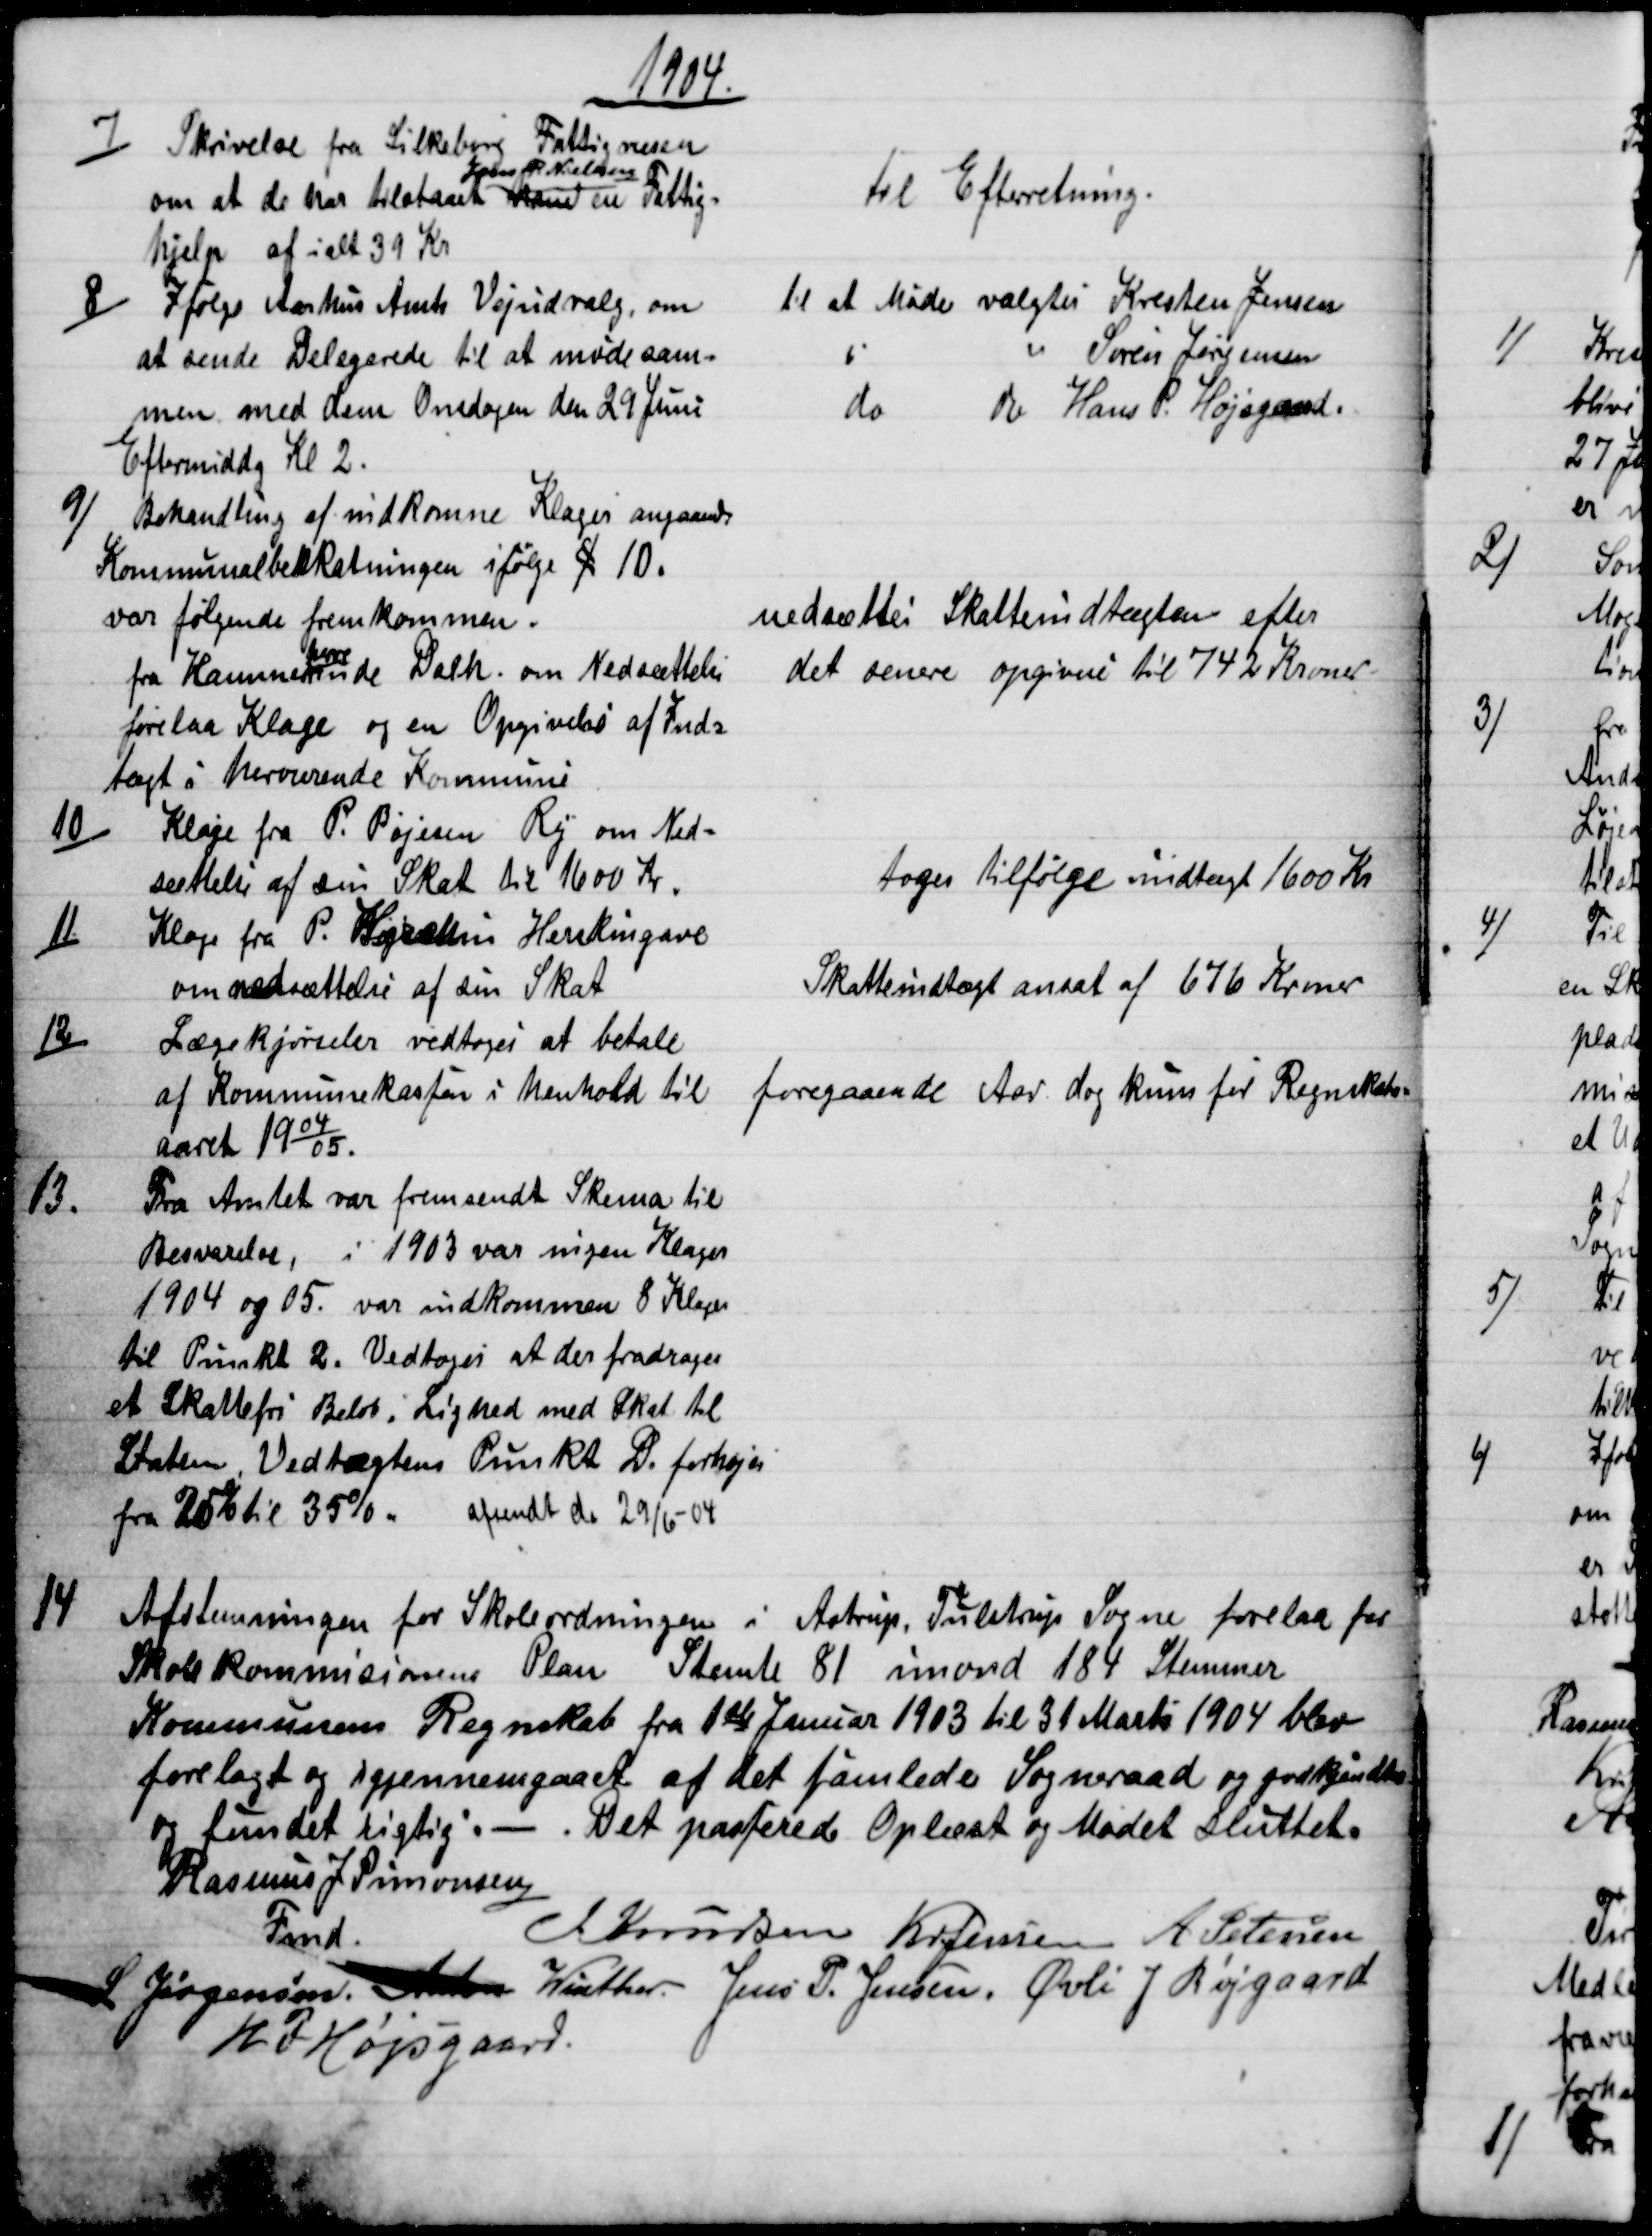
Transskription:
1904.
7)
Skrivelse fra Silkeborg Fattigvæsen
om at de har tilstaaet 
Jens R. Nielsen
ham en Fattig-
hjelp af ialt 39 Kr
Til Efterretning.
8) 
Ifølge Aarhus Amts Vejudvalg, om
at sende Delegerede til at møde sam-
men med dem Onsdagen den 29 Juni
Eftermiddag Kl 2.
til at Møde valgtes Kresten Jensen 
do
do
Søren Jørgensen
do 
do 
Hans P. Højsgaard.
9)
Behandling af indkomne Klager angaaende
Kommunalbeskatningen ifølge § 10.
var følgende fremkommen.
fra Kammer 
herre
inde Dalh. om Nedsættelse
forelaa Klage og en Opgivelse af Ind=
tægt i herværende Kommune
nedsættes Skatteindtægten efter
det senere opgivne til 742 Kroner
10)
Klage fra P. Bojesen Ry om Ned-
sættelse af sin Skat til 1600 Kr.
toges tilfølge indtægt 1600 Kr
11)
Klage fra P. Herskind Herskingave
om nedsættelse af den Skat
Skatteindtægt ansat af 676 Kroner
12)
Lægekjørseler vedtoges at betale
af Kommunekassen i henhold til
foregaaende Aar, dog kuns for Regnskabs-
aaret 1904/05.
13.
Fra Amtet var fremsendt Skema til
Besvarelse, i 1903 var ingen Klager
1904 og 05. var indkommen 8 Klager
til Punkt 2. Vedtoges at der fradrages
et Skattefri Beløb. Lighed med Skat til
Staten, Vedtægtens Punkt D. forhøjes
fra 25% til 35 %. afsendt de 29/6 - 04
14
Afstemningen for Skoleordningen i Astrup, Tulstrup Sogne forelaa for
Skolekommisionens Plan Stemte 81 imond 184 Stemmer
Kommunens Regnskab fra 1ste Januar 1903 til 31 Marts 1904 blev
forelagt og igjennemgaaet af det samlede Sogneraad og godkjendtes
og fundet rigtig. - Det passerede Oplæst og Mødet sluttet.
Rasmus J. Simonsen
Fmd.
J. Knudsen Kr Jensen A Petersen
S Jørgensen Anton Winther Jens P. Jensen, Øvli J Røjgaard
H. P. Højsgaard